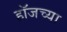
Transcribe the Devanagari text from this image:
हॉजच्या